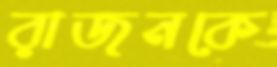
রাজনকে